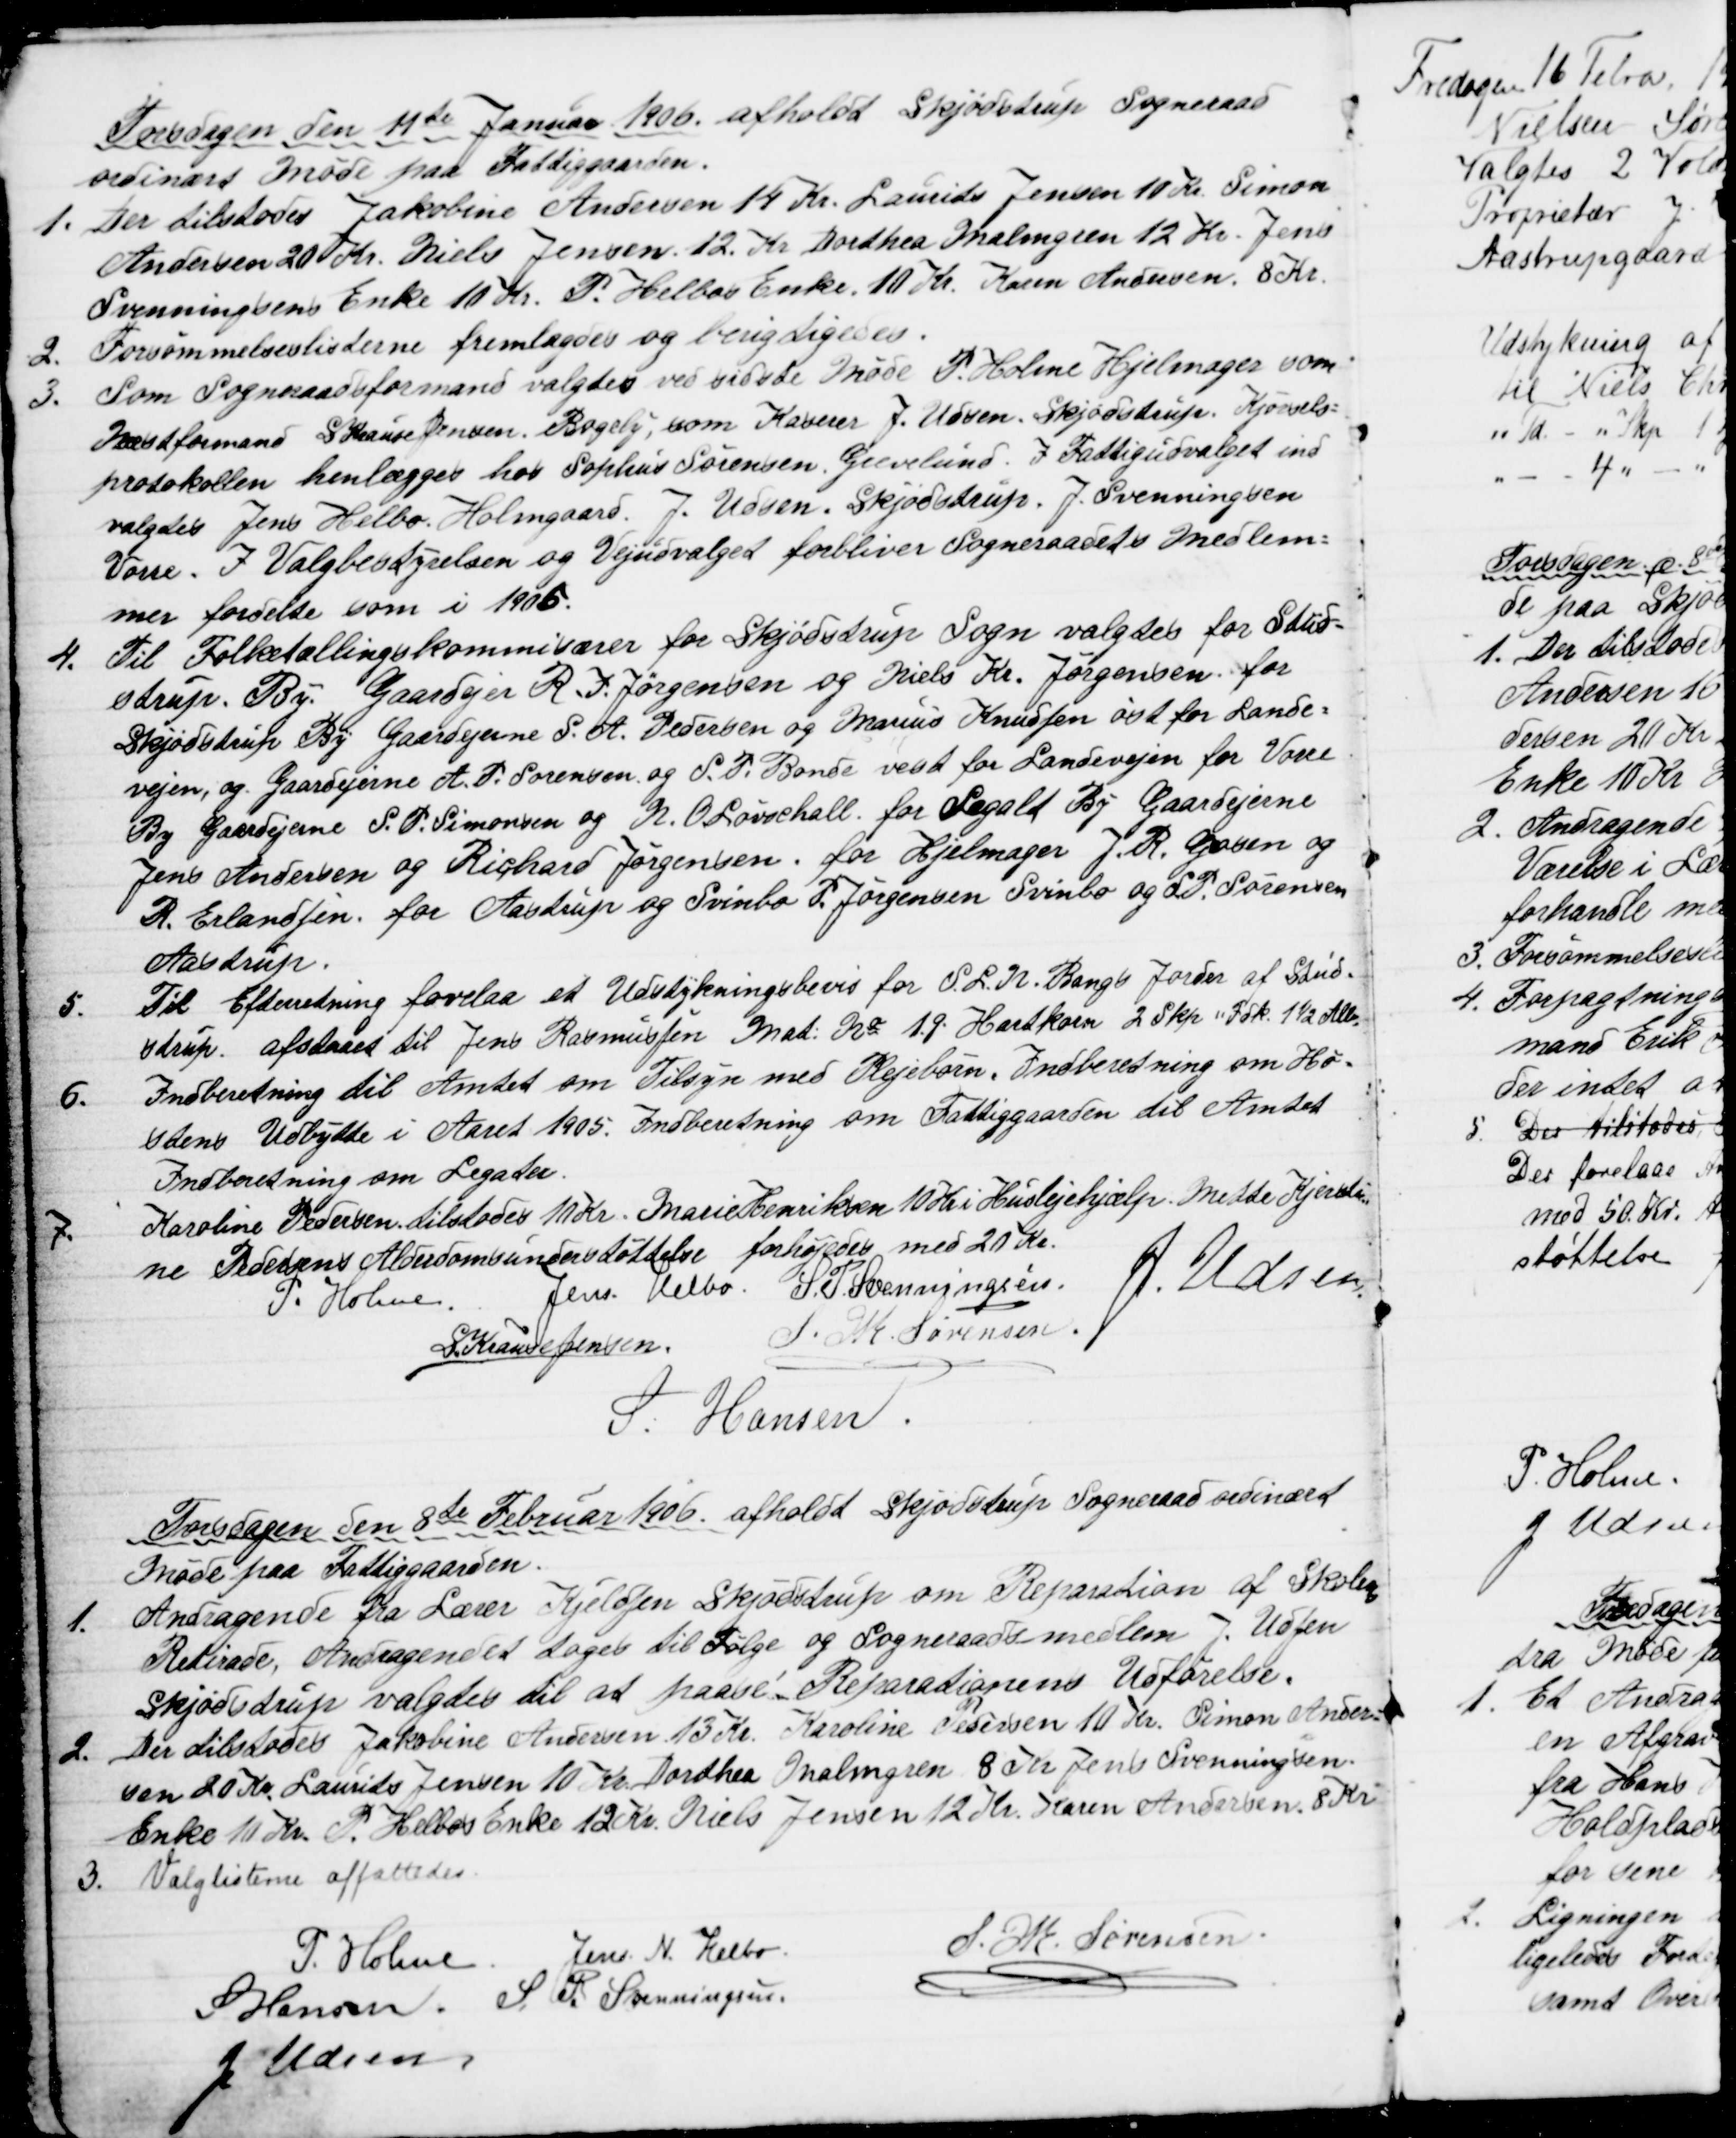
Transskription:
Torsdagen den 11te Januar 1906 afholdt Skjødstrup Sogneraad
ordinært Møde paa Fattiggaarden.
1.
Der tilstodes Jakobine Andersen 14 Kr. Laurits Jensen 10 Kr. Simon
Andersen 20 Kr. Niels Jensen. 12. Kr Dorthea Malmgren 12 Kr. Jens
Svenningsens Enke 10 Kr. P. Helbos Enke. 10 Kr. Karen Andersen. 8 Kr.
2.
Forsømmelseslisterne fremlagdes og berigtigedes.
3.
Som Sogneraadsformand valgtes ved sidste Møde P. Holme Hjelmager som
Næstformand S Krause Jensen, Bøgely, som Kaserer J. Udsen, Skjødstrup, Kjørsels=
protokollen henlægges hos Sophus Sørensen, Grevelund. I Fattigudvalget ind
valgtes Jens Helbo. Holmgaard. J. Udsen, Skjødstrup. J. Svenningsen
Vorre. I Valgbestyrelsen og Vejudvalget forbliver Sogneraadets Medlem=
mer fordelte som i 1905.
4.
Til Folketællingskommisærer for Skjødstrup Sogn valgtes for Stud=
strup. By. Gaardejer R. I. Jørgensen og Niels Kr. Jørgensen for
Skjødstrup By Gaardejerne S. A. Pedersen og Marius Knudsen øst for Lande=
vejen, og Gaardejerne A. P. Sørensen og S. P. Bonde vest for Landevejen for Vorre
By Gaardejerne S. P. Simonsen og N. O. Løvschall. for Segalt By Gaardejerne
Jens Andersen og Richard Jørgensen. for Hjelmager J. R. Grosen og
R. Erlandsen for Aastrup og Svinbo P. Jørgensen Svinbo og S. P. Sørensen
Aastrup.
5.
Til Efterretning forelaa et Udstykningsbevis for S. L. N. Bangs Jorder af Stud=
strup. afstaaet til Jens Rasmussen Mat: № 1.g. Hartkorn 2 Skp " Fdk. 1½ Alb.
6.
Indberetning til Amtet om Tilsyn med Plejebørn. Indberetning om Hø=
stens Udbytte i Aaret 1905. Indberetning om Fattiggaarden til Amtet
Indberetning om Legater.
7.
Karoline Pedersen tilstodes 10 Kr. Marie Henriksen 10 Kr i Huslejehjælp. Mette Kjersti
=
ne Pedersens Alderdomsunderstøttelse forhøjedes med 20 Kr.
P. Holme.
Jens Helbo. S. P. Svenningsen. J. Udsen
S. Krause Jensen.
S. M. Sørensen.
S. Hansen.
Torsdagen den 8de Februar 1906 afholdt Skjødstrup Sogneraad ordinært
Møde paa Fattiggaarden.
1. 
Andragende fra Lærer Kjeldsen Skjødstrup om Reparation af Skolens
Retirade. Andragendet toges til Følge og Sogneraadsmedlem J. Udsen
Skjødstrup valgtes til at paase Reparationens Udførelse.
2.
Der tilstodes Jakobine Andersen 13 Kr. Karoline Pedersen 10 Kr. Simon Ander=
sen 20 Kr. Laurits Jensen 10Kr Dorthea Malmgren 8 Kr. Jens Svenningsen.
Enke 10 Kr. P. Helbos Enke 12 Kr. Niels Jensen 12 Kr. Karen Andersen. 8 Kr
3. Valglisterne affattedes
P. Holme
Jens N. Helbo
S. M. Sørensen
S Hansen
S. P. Svenningsen.
J. Udsen